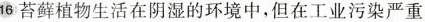
16 苔藓植物生活在阴湿的环境中，但在工业污染严重